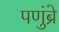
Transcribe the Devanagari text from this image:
पणुंब्रे